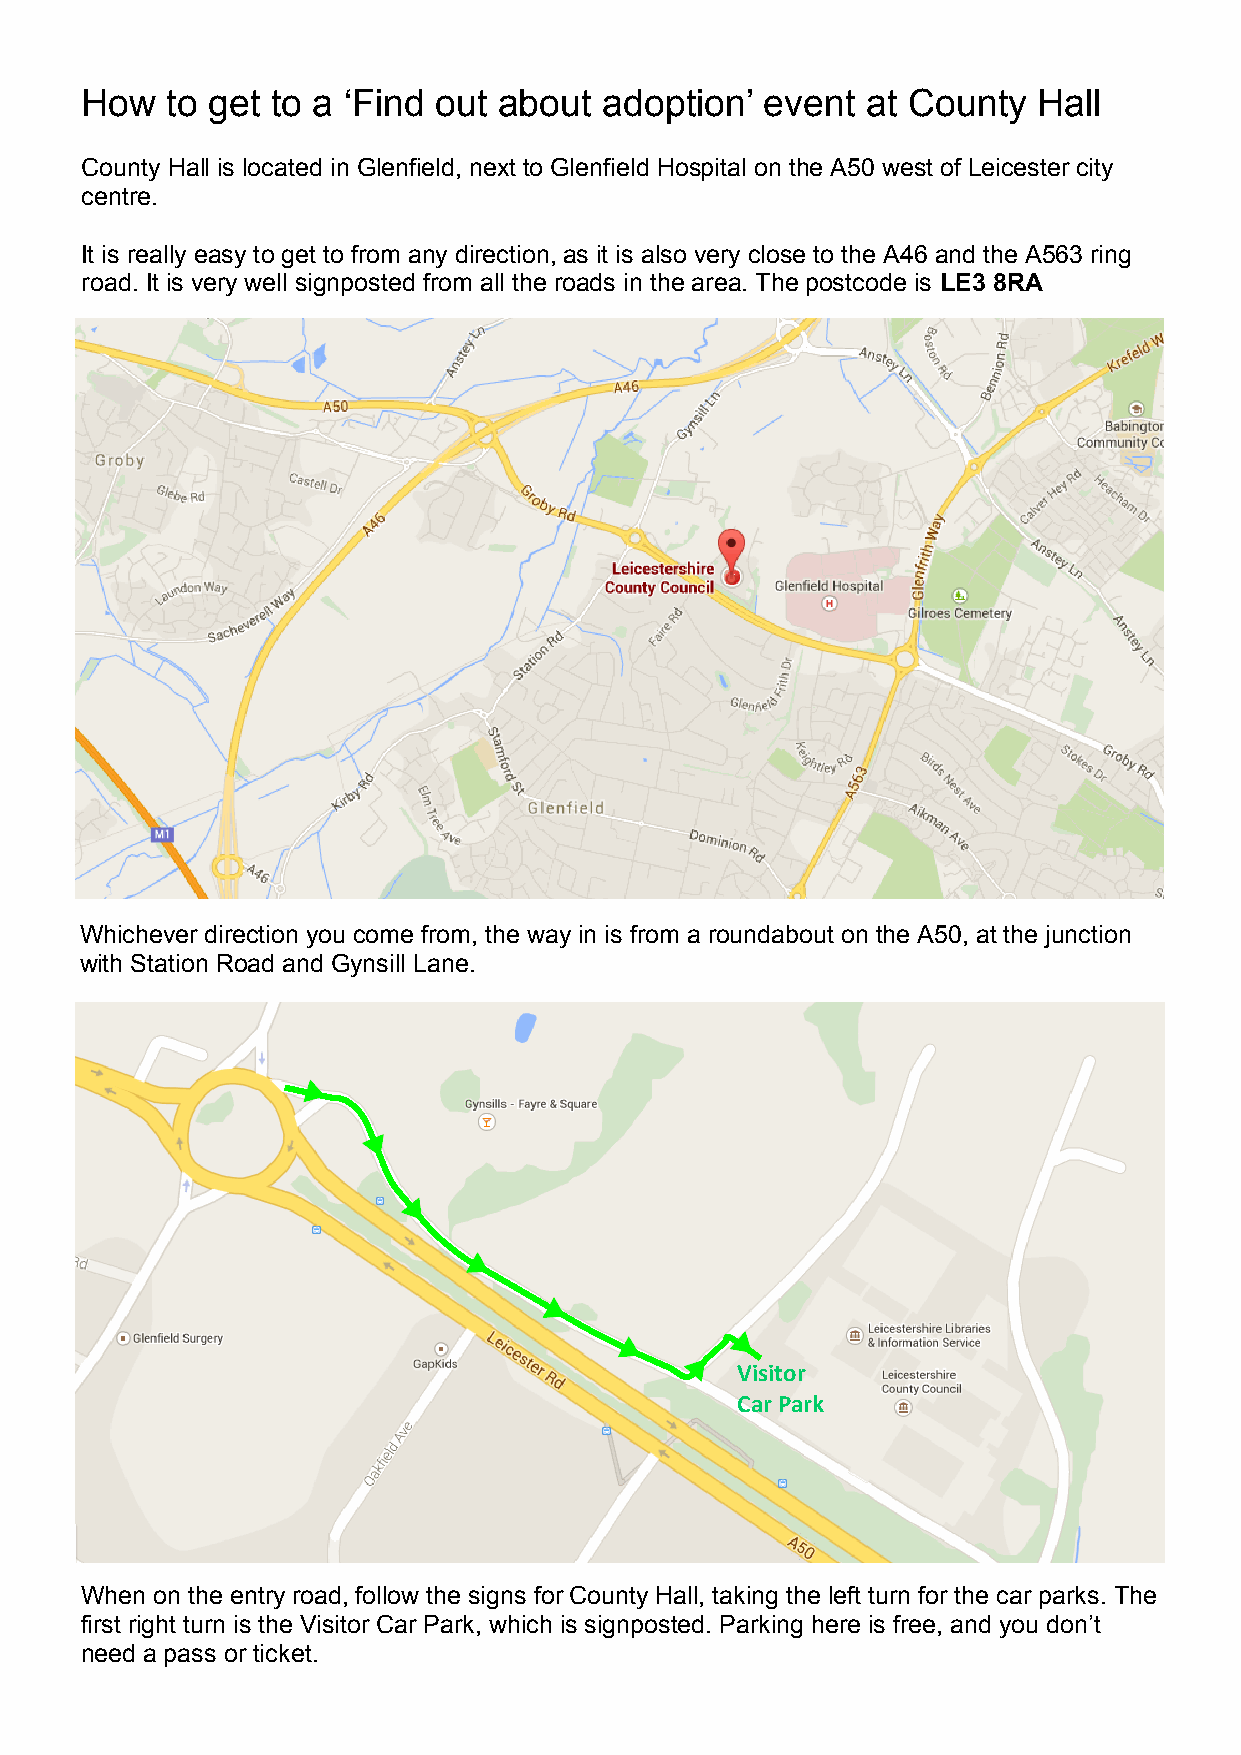
How   to get to a ‘Find out about  adoption’  event at County   Hall
 County Hall is located in Glenfield, next to Glenfield Hospital on the A50 west of Leicester city
 centre.
 It is really easy to get to from any direction, as it is also very close to the A46 and the A563 ring
 road. It is very well signposted from all the roads in the area. The postcode is LE3 8RA
 Whichever direction you come from, the way in is from a roundabout on the A50, at the junction
 with Station Road and Gynsill Lane.
 Visitor
 Car Park
 When on the entry road, follow the signs for County Hall, taking the left turn for the car parks. The
 first right turn is the Visitor Car Park, which is signposted. Parking here is free, and you don’t
 need a pass or ticket.